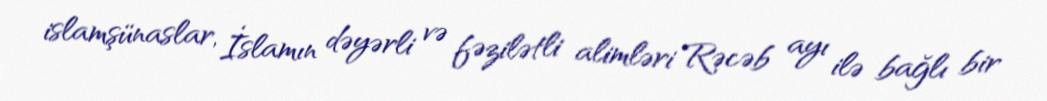
islamşünaslar, İslamın dəyərli və fəzilətli alimləri Rəcəb ayı ilə bağlı bir